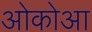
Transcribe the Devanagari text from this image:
ओकोआ